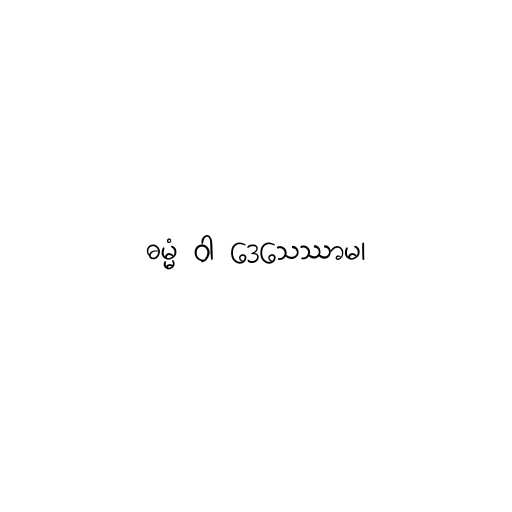
ဓမ္မံ ဝါ ဒေသေဿာမ၊